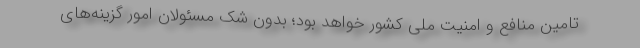
تامین منافع و امنیت ملی کشور خواهد بود؛ بدون شک مسئولان امور گزینه‌های